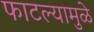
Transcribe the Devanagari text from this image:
फाटल्यामुळे